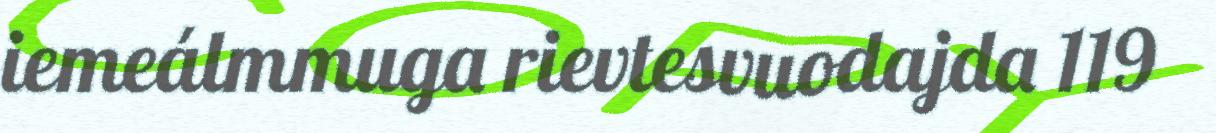
iemeálmmuga rievtesvuodajda 119